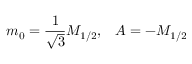
m _ { 0 } = \frac { 1 } { \sqrt { 3 } } M _ { 1 / 2 } , \; \; \; A = - M _ { 1 / 2 }